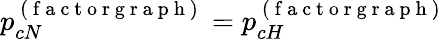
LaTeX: p_{cN}^{\mathrm{~(~f~a~c~t~o~r~g~r~a~p~h~)~}}=p_{cH}^{\mathrm{~(~f~a~c~t~o~r~g~r~a~p~h~)~}}